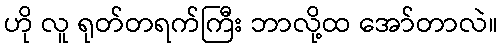
ဟို လူ ရုတ်တရက်ကြီး ဘာလို့ထ အော်တာလဲ။